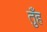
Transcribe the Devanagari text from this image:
तुँह